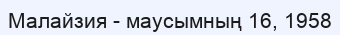
Малайзия - маусымның 16, 1958